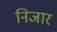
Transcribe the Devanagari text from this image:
निजार